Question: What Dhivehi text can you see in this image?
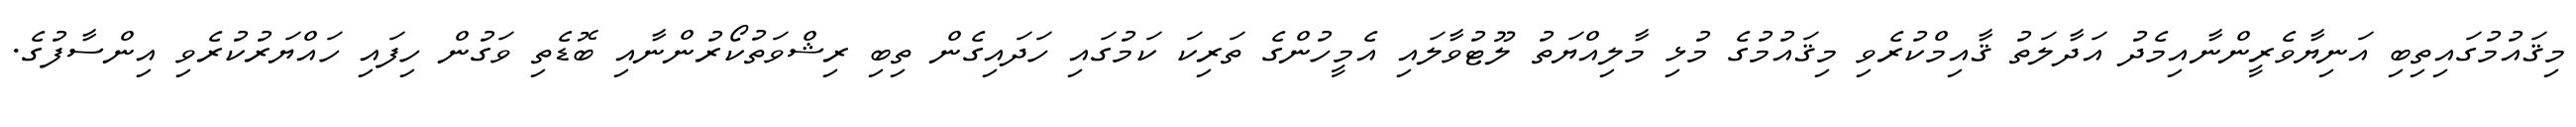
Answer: މިޤައުމުގައިތިބި އަނިޔާވެރީންނާއިމެދު އަދާލަތު ޤާއިމްކުރެވި މިޤައުމުގެ މުޅި މާލިއްޔަތު ލޫޓުވާލައި އެމީހުންގެ ތަރިކަ ކަމުގައި ހަދައިގެން ތިބި ރިޝްވަތުކޯރުންނާއި ބޮޑެތި ވަގުން ހިފައި ހައްޔަރުކުރެވި އިންސާފުގެ.